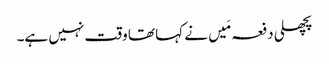
پچھلی دفعہ مَیں نے کہا تھا وقت نہیں ہے۔